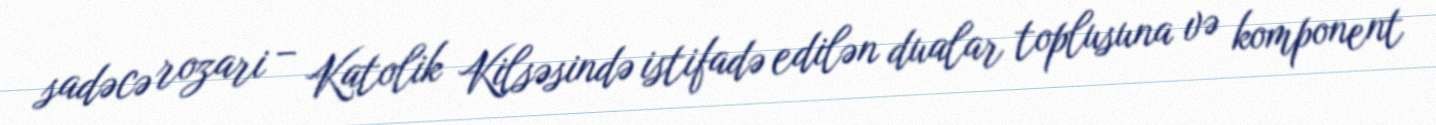
sadəcə rozari – Katolik Kilsəsində istifadə edilən dualar toplusuna və komponent